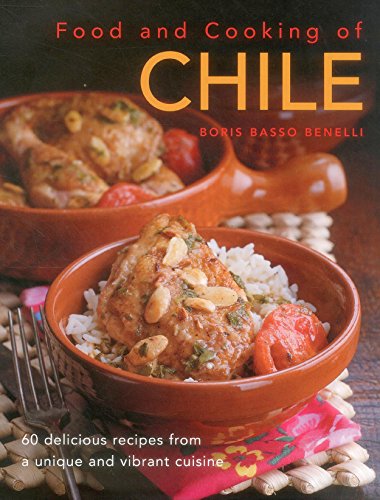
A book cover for Food & Cooking of Chile: 60 Delicious Recipes From A Unique And Vibrant Cuisine; Boris Basso Benelli; Cookbooks, Food & Wine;